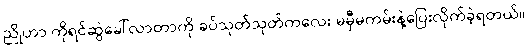
ညိုဟာ ကိုရင်ဆွဲခေါ်လာတာကို ခပ်သုတ်သုတ်ကလေး မမှီမကမ်းနဲ့ပြေးလိုက်ခဲ့ရတယ်။